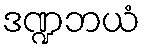
ဒဏ္ဍဘယံ